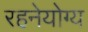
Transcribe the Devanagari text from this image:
रहनेयोग्य